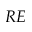
R E